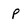
Character: p